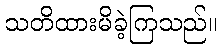
သတိထားမိခဲ့ကြသည်။